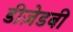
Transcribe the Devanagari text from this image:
डीज़ेडबी